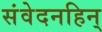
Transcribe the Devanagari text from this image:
संवेदनहिन्